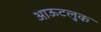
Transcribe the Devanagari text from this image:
आऊटलुक